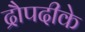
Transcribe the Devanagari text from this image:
द्रौपदीके